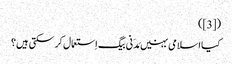
([3])
کیا اسلامی بہنیں مَدَنی بیگ اِستعمال کر سکتی ہیں؟